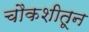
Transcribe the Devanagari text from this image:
चौकशीतून